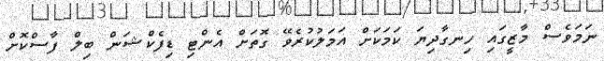
ނަމަވެސް މާޒީގައި ހިނގާދިޔަ ކަމަކަށް އަމަލުކުރެވޭ ގޮތަށް އެންޓި ޑިފެކްޝަން ބިލް ފާސްކޮށް